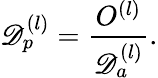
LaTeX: \mathscr{D}_{p}^{(l)}={\frac{{O^{(l)}}}{{\mathscr{D}_{a}^{(l)}}}}.